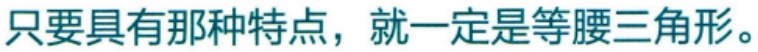
只要具有那种特点，就一定是等腰三角形。